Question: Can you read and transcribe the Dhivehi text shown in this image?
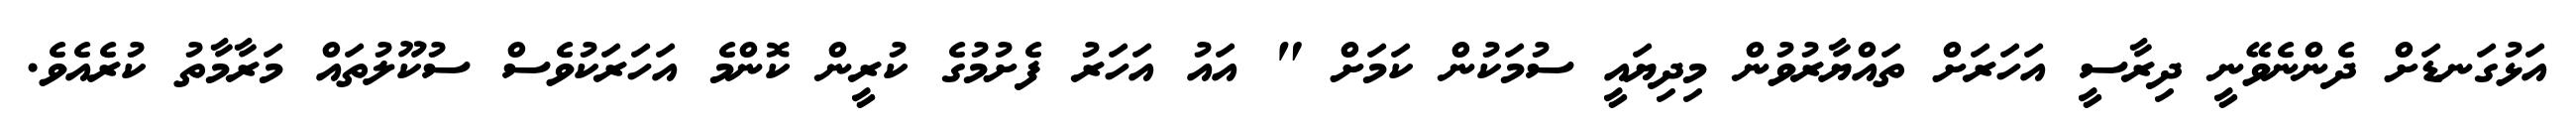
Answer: އަޅުގަނޑަށް ދެންނެވޭނީ ދިރާސީ އަހަރަށް ތައްޔާރުވުން މިދިޔައީ ސުމަކުން ކަމަށް " އައު އަހަރު ފެށުމުގެ ކުރީން ކޮންމެ އަހަރަކުވެސް ސުކޫލުތައް މަރާމާތު ކުރެއެވެ.